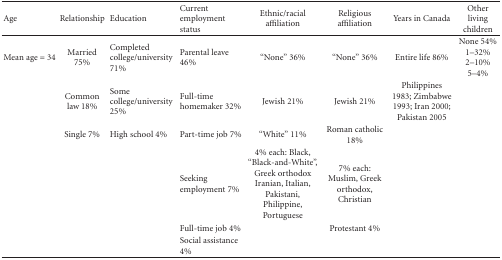
| Age | Relationship | Education | Current employment status | Ethnic/racial affiliation | Religious affiliation | Years in Canada | Other living children |
 | --- | --- | --- | --- | --- | --- | --- | --- |
 | Mean age = 34 | Married 75% | Completed college/university 71% | Parental leave 46% | “None” 36% | “None” 36% | Entire life 86% | None 54% 1–32% 2–10% 5–4% |
 |  | Common law 18% | Some college/university 25% | Full-time homemaker 32% | Jewish 21% | Jewish 21% | Philippines 1983; Zimbabwe 1993; Iran 2000; Pakistan 2005 |  |
 |  | Single 7% | High school 4% | Part-time job 7% | “White” 11% | Roman catholic 18% |  |  |
 |  |  |  | Seeking employment 7% | 4% each: Black, “Black-and-White”, Greek orthodox Iranian, Italian, Pakistani, Philippine, Portuguese | 7% each: Muslim, Greek orthodox, Christian |  |  |
 |  |  |  | Full-time job 4% |  | Protestant 4% |  |  |
 |  |  |  | Social assistance 4% |  |  |  |  |